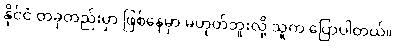
နိုင်ငံ တခုတည်းမှာ ဖြစ်နေမှာ မဟုတ်ဘူးလို့ သူက ပြောပါတယ်။